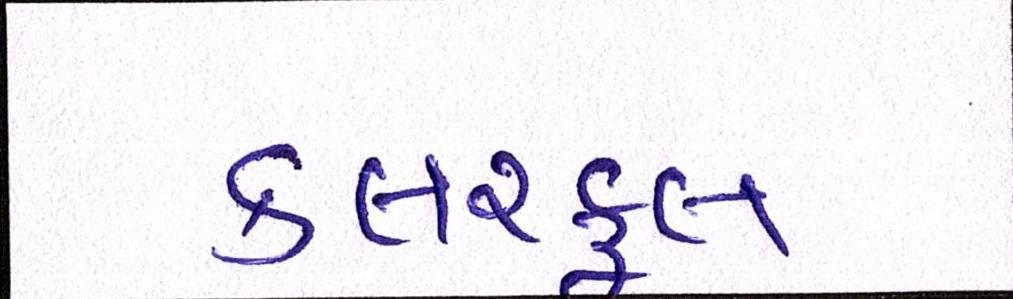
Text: કલરફૂલ